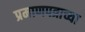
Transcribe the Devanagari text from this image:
प्रमाणपत्राच्या